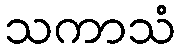
သကာသံ